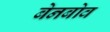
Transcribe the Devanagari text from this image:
बेनबोव